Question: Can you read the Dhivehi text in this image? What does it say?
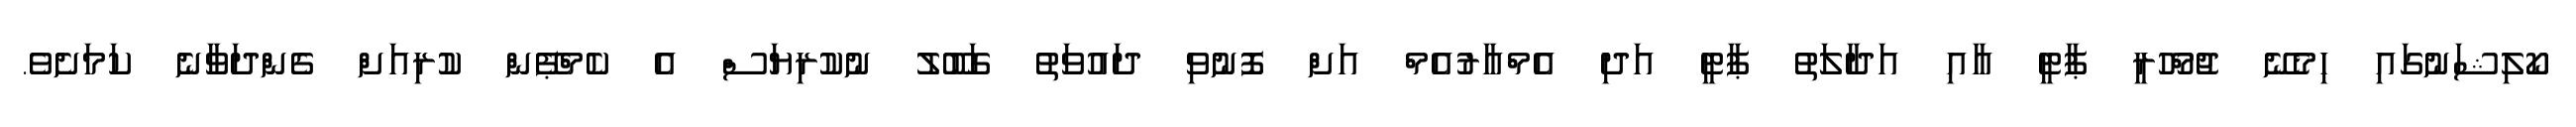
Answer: ކޯލިޝަނުގައި ހިމެނޭ ޖުމްހޫރީ ޕާޓީ އާއި އަދާލަތު ޕާޓީ އަދި އެމްއާރުއެމް އަށް ފޮނުވި ދައުވަތު ގަބޫލު ނުކުރިޔަސް އެ ކެމްޕޭން ކުރިއަށް ގެންދަވާނެ ކަމަށެވެ.